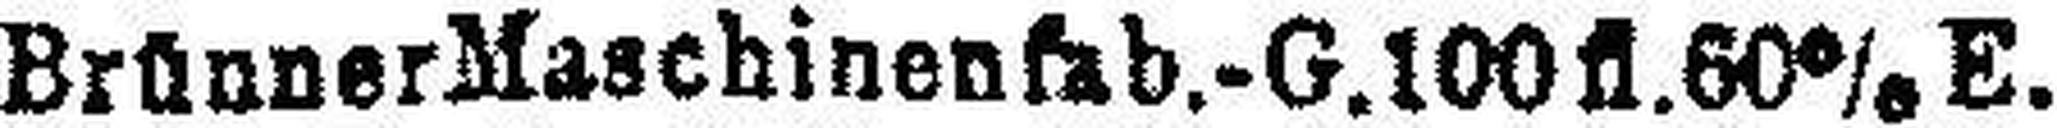
Brünner Maschinenfab.-G. 100fl. 60%E.